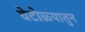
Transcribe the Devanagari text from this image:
वेटोळ्यातुन